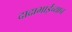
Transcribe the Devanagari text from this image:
दादाभाईंच्याच